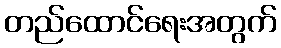
တည်ထောင်ရေးအတွက်